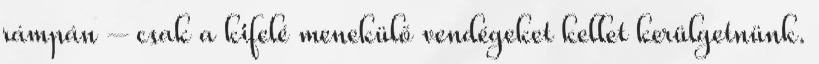
rámpán – csak a kifelé menekülő vendégeket kellet kerülgetnünk.